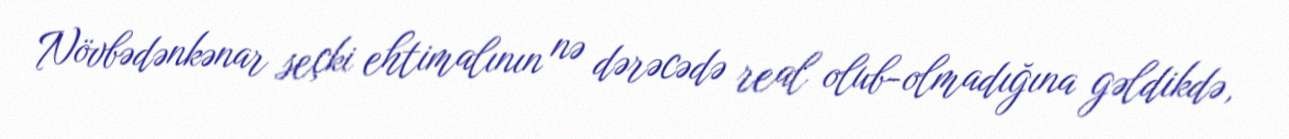
Növbədənkənar seçki ehtimalının nə dərəcədə real olub-olmadığına gəldikdə,